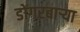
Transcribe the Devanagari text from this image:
डोंगरबाऱ्या